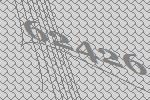
62426